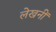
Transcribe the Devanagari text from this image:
लेखनीं